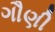
ગૌણી